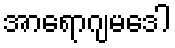
အာရောဂျမဒေါ